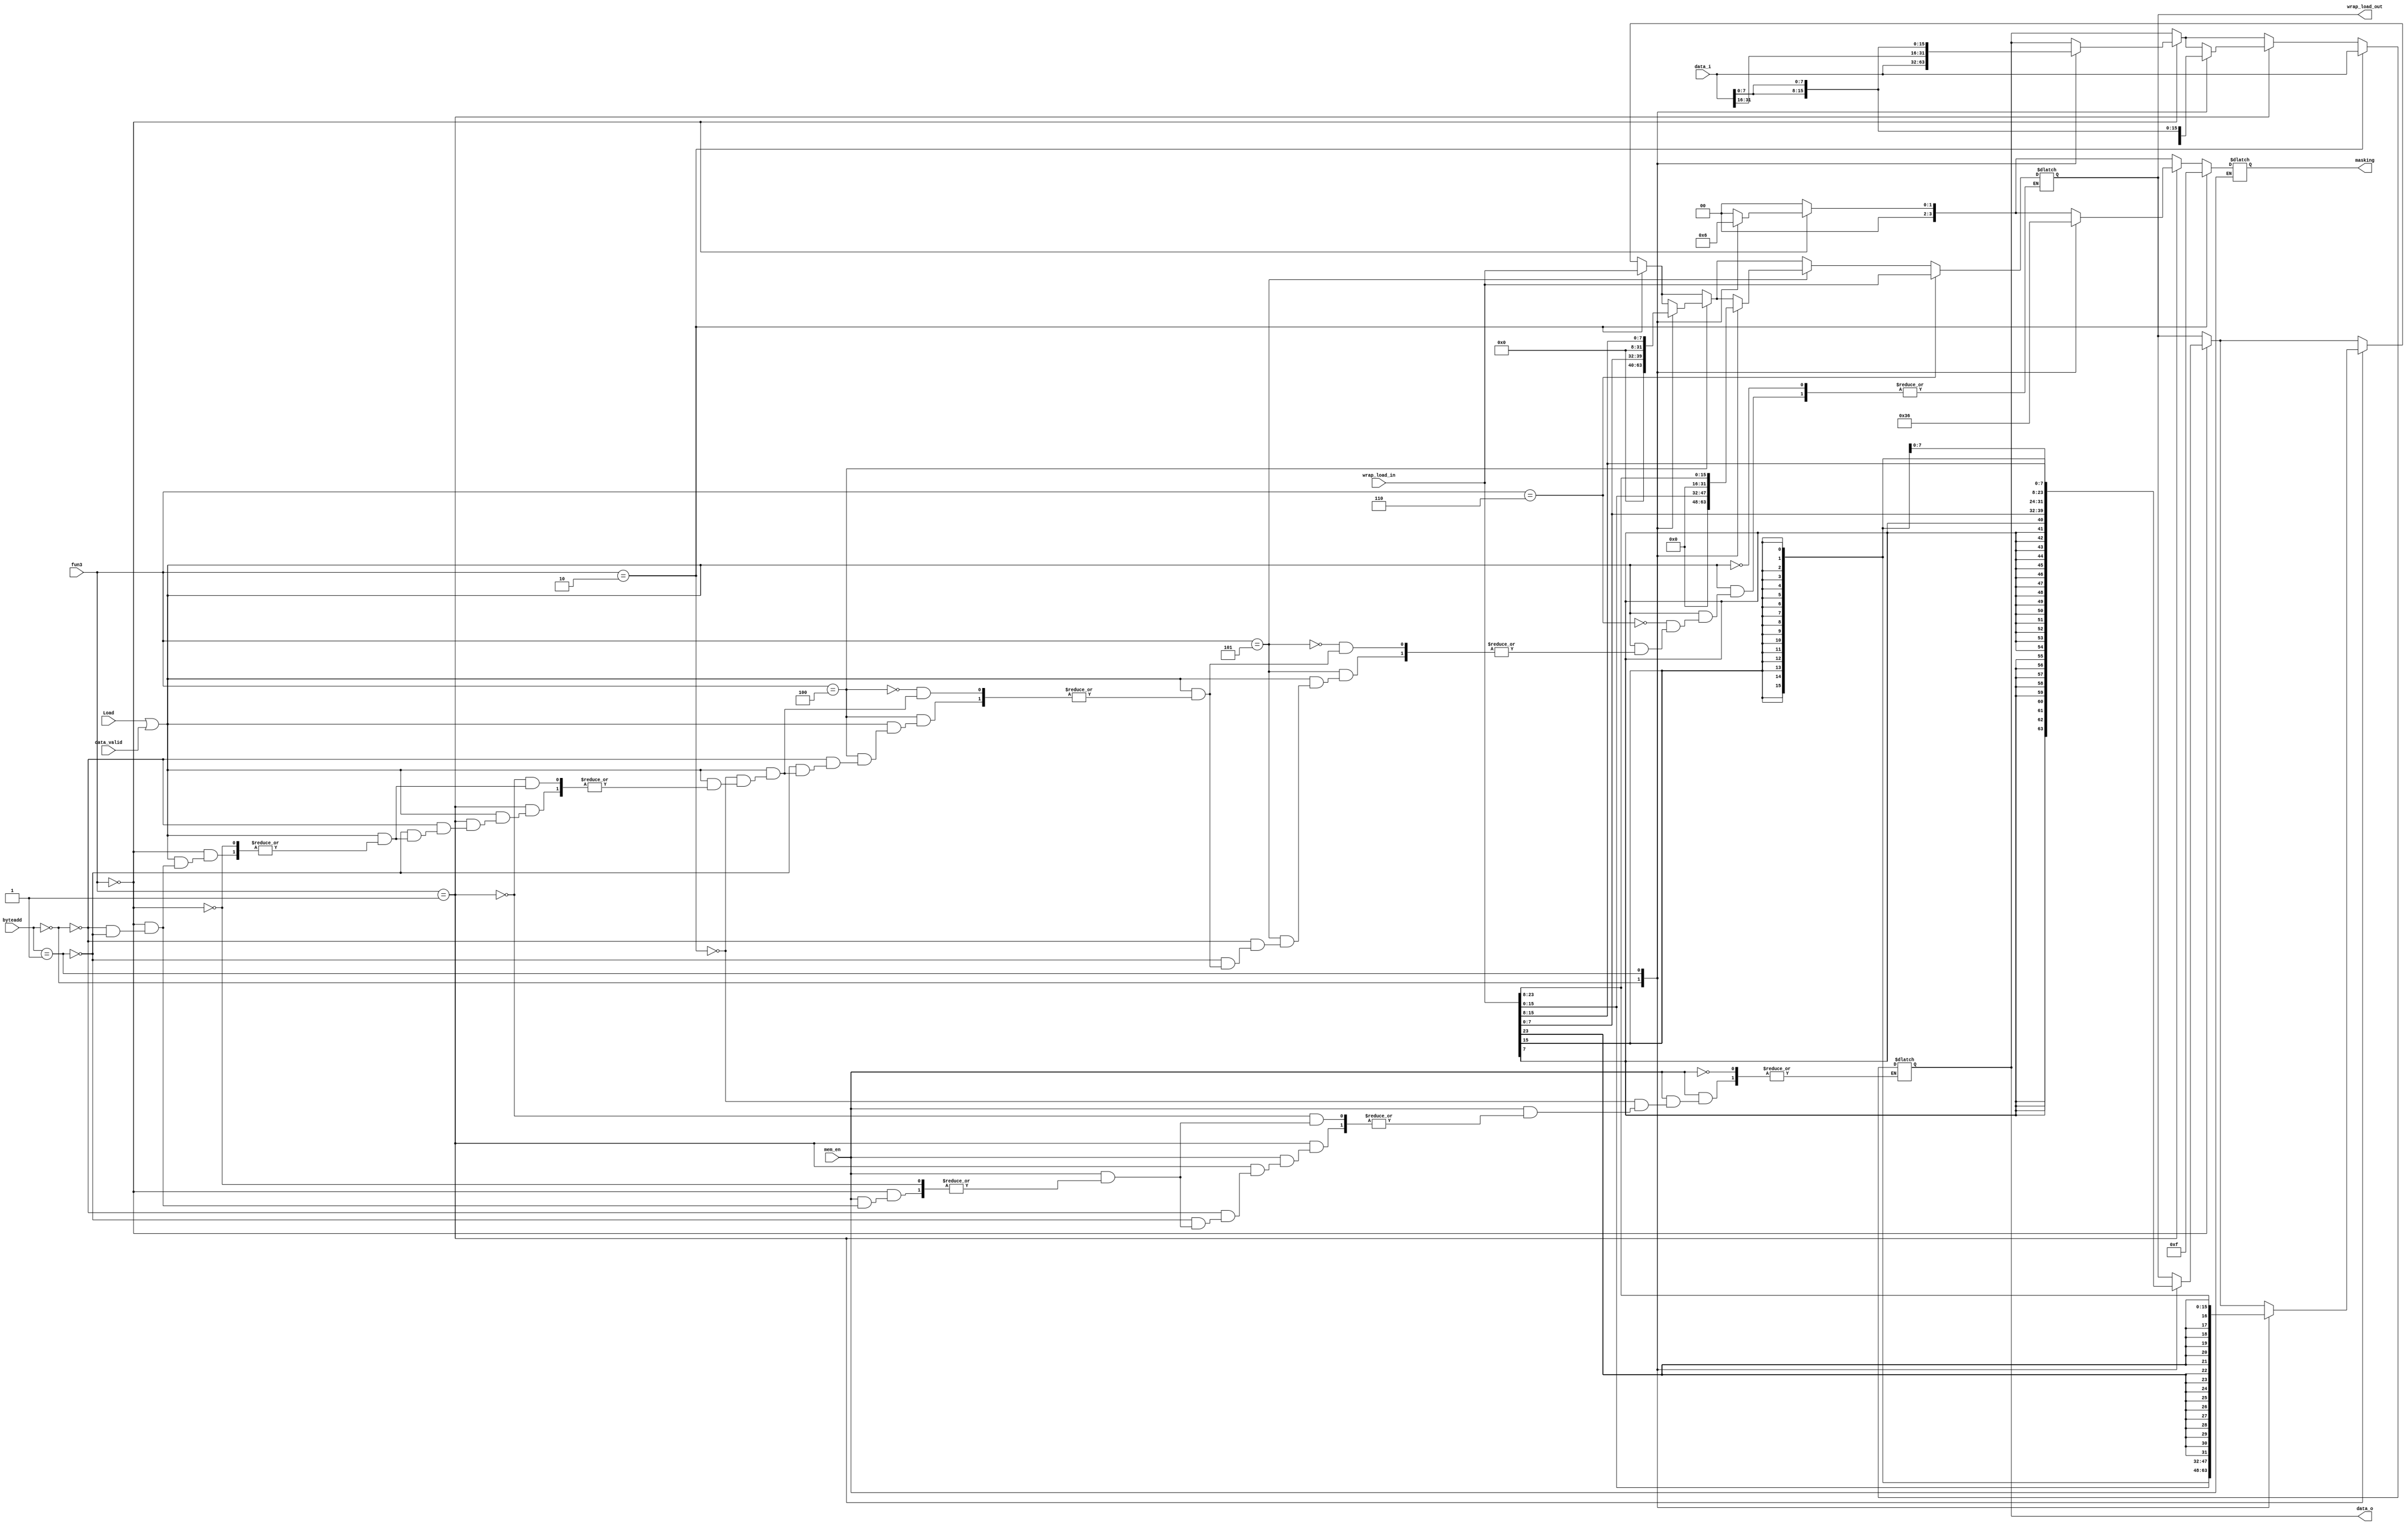
module wrappermem (
    input wire [31:0] data_i,
    input wire [1:0] byteadd,
    input wire [2:0] fun3,
    input wire mem_en,
    input wire Load,
    input wire data_valid,
    input wire [31:0]wrap_load_in,

    output reg [3:0] masking,
    output reg [31:0] data_o,
    output reg [31:0] wrap_load_out

);

    always @(*) begin
        if (mem_en) begin
            masking = 4'b0000;
            if(fun3==3'b000)begin //sb
               case (byteadd)
                    00: begin
                        masking = 4'b0001;
                        data_o = data_i;
                    end
                    01: begin
                        masking = 4'b0010;
                        data_o = {data_i[31:16],data_i[7:0],data_i[7:0]};
                    end
                    10: begin
                        masking = 4'b0100;
                        data_o = {data_i[31:24],data_i[7:0],data_i[15:0]};
                    end
                    11: begin
                        masking = 4'b1000;
                        data_o = {data_i[7:0],data_i[23:0]};
                    end
               endcase 
            end

            if(fun3==3'b001)begin //sh
                case (byteadd)
                    00: begin
                        masking = 4'b0011;
                        data_o = data_i;
                    end
                    01: begin
                        masking = 4'b0110;
                        data_o = {data_i[31:24],data_i[15:0],data_i[7:0]};
                    end
                    10: begin
                        masking = 4'b1100;
                        data_o = {data_i[15:0],data_i[15:0]};
                    end
                endcase   
            end

            if(fun3==3'b010) begin //sw
                masking = 4'b1111;
                data_o = data_i;
            end
        end

        if (Load | data_valid)begin
            if(fun3==3'b000)begin //lb
                case (byteadd)
                    00: begin 
                        wrap_load_out = {{24{wrap_load_in[7]}},wrap_load_in[7:0]};
                    end
                    01: begin
                        wrap_load_out = {{24{wrap_load_in[15]}},wrap_load_in[15:8]};
                    end
                    10: begin
                        wrap_load_out = {{24{wrap_load_in[23]}},wrap_load_in[23:16]};
                    end
                    11: begin
                        wrap_load_out = {{24{wrap_load_in[31]}},wrap_load_in[31:24]};
                    end
               endcase
            end

            if(fun3==3'b001)begin //lh
                case (byteadd)
                    00: begin
                        wrap_load_out = {{16{wrap_load_in[15]}},wrap_load_in[15:0]};
                    end
                    01: begin
                        wrap_load_out = {{16{wrap_load_in[23]}},wrap_load_in[23:8]};
                    end
                    10: begin
                        wrap_load_out = {{16{wrap_load_in[31]}},wrap_load_in[31:16]};
                    end
                endcase   
            end

            if(fun3==3'b010) begin //lw
                wrap_load_out = wrap_load_in;
            end

            if(fun3==3'b100)begin //lbu
                case (byteadd)
                    00: begin 
                        wrap_load_out = {24'b0,wrap_load_in[7:0]};
                    end
                    01: begin
                        wrap_load_out = {24'b0,wrap_load_in[15:8]};
                    end
                    10: begin
                        wrap_load_out = {24'b0,wrap_load_in[23:16]};
                    end
                    11: begin
                        wrap_load_out = {24'b0,wrap_load_in[31:24]};
                    end
               endcase
            end

            if(fun3==3'b101)begin //lhu
                case (byteadd)
                    00: begin
                        wrap_load_out = {16'b0,wrap_load_in[15:0]};
                    end
                    01: begin
                        wrap_load_out = {16'b0,wrap_load_in[23:8]};
                    end
                    10: begin
                        wrap_load_out = {16'b0,wrap_load_in[31:16]};
                    end
                endcase   
            end

            if(fun3==3'b110) begin //lwu
                wrap_load_out = wrap_load_in;
            end
        end     
    end
endmodule